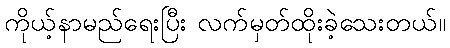
ကိုယ့်နာမည်ရေးပြီး လက်မှတ်ထိုးခဲ့သေးတယ်။